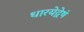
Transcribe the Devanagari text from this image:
धारयेद्वेषं